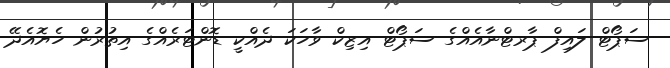
ސަޕޯޓް ލައިފް ޕާރޓްނާއެއްގެ ސަޕޯޓް އިޒިކް ވާހަކަ ދެއްކީ ޑޮންޓަރެއްގެ އިތުރުން ހެޔޮއެދޭ